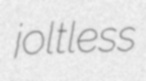
joltless